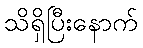
သိရှိပြီးနောက်